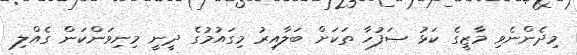
މިދެންނެވި މާޒީގެ ކަޅު ޞަފުހާ ތަކަށް ބަލާއިރު މިގައުމުގެ ދީނީ މިނިވަންކަން ގެއްލި